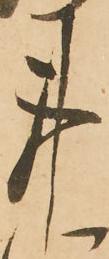
事